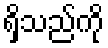
ရှိသည်ကို